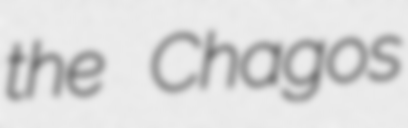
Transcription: the Chagos